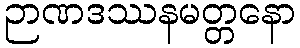
ဉာဏဒဿနမတ္တနော